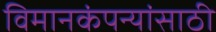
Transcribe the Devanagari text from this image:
विमानकंपन्यांसाठी